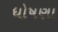
ધોષણા